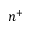
n ^ { + }